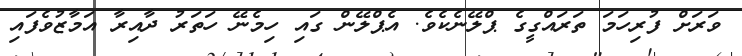
ވަރަށް ފުރިހަމަ ތަރައްގީގެ ޕްލޭނެކެވެ. އެޕްލޭން ގައި ހިމެނޭ ހަތަރު ދާއިރާ އަމާޒުވެފައި